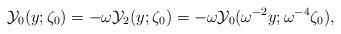
LaTeX: \begin{align*}{\mathcal Y}_0(y;\zeta_{0})= - \omega{\mathcal Y}_{2}(y;\zeta_{0}) = - \omega{\mathcal Y_{0}}(\omega^{-2}y;\omega^{-4}\zeta_{0}) ,\end{align*}